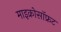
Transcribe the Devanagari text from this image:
माइक्रोसॉफ्रट